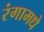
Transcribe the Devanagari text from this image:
रंगामधे